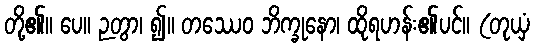
တို့၏။ ပေ။ ဉတွာ၊ ၍။ တဿေဝ ဘိက္ခုနော၊ ထိုရဟန်း၏ပင်။ (တုယှံ